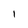
Character: I